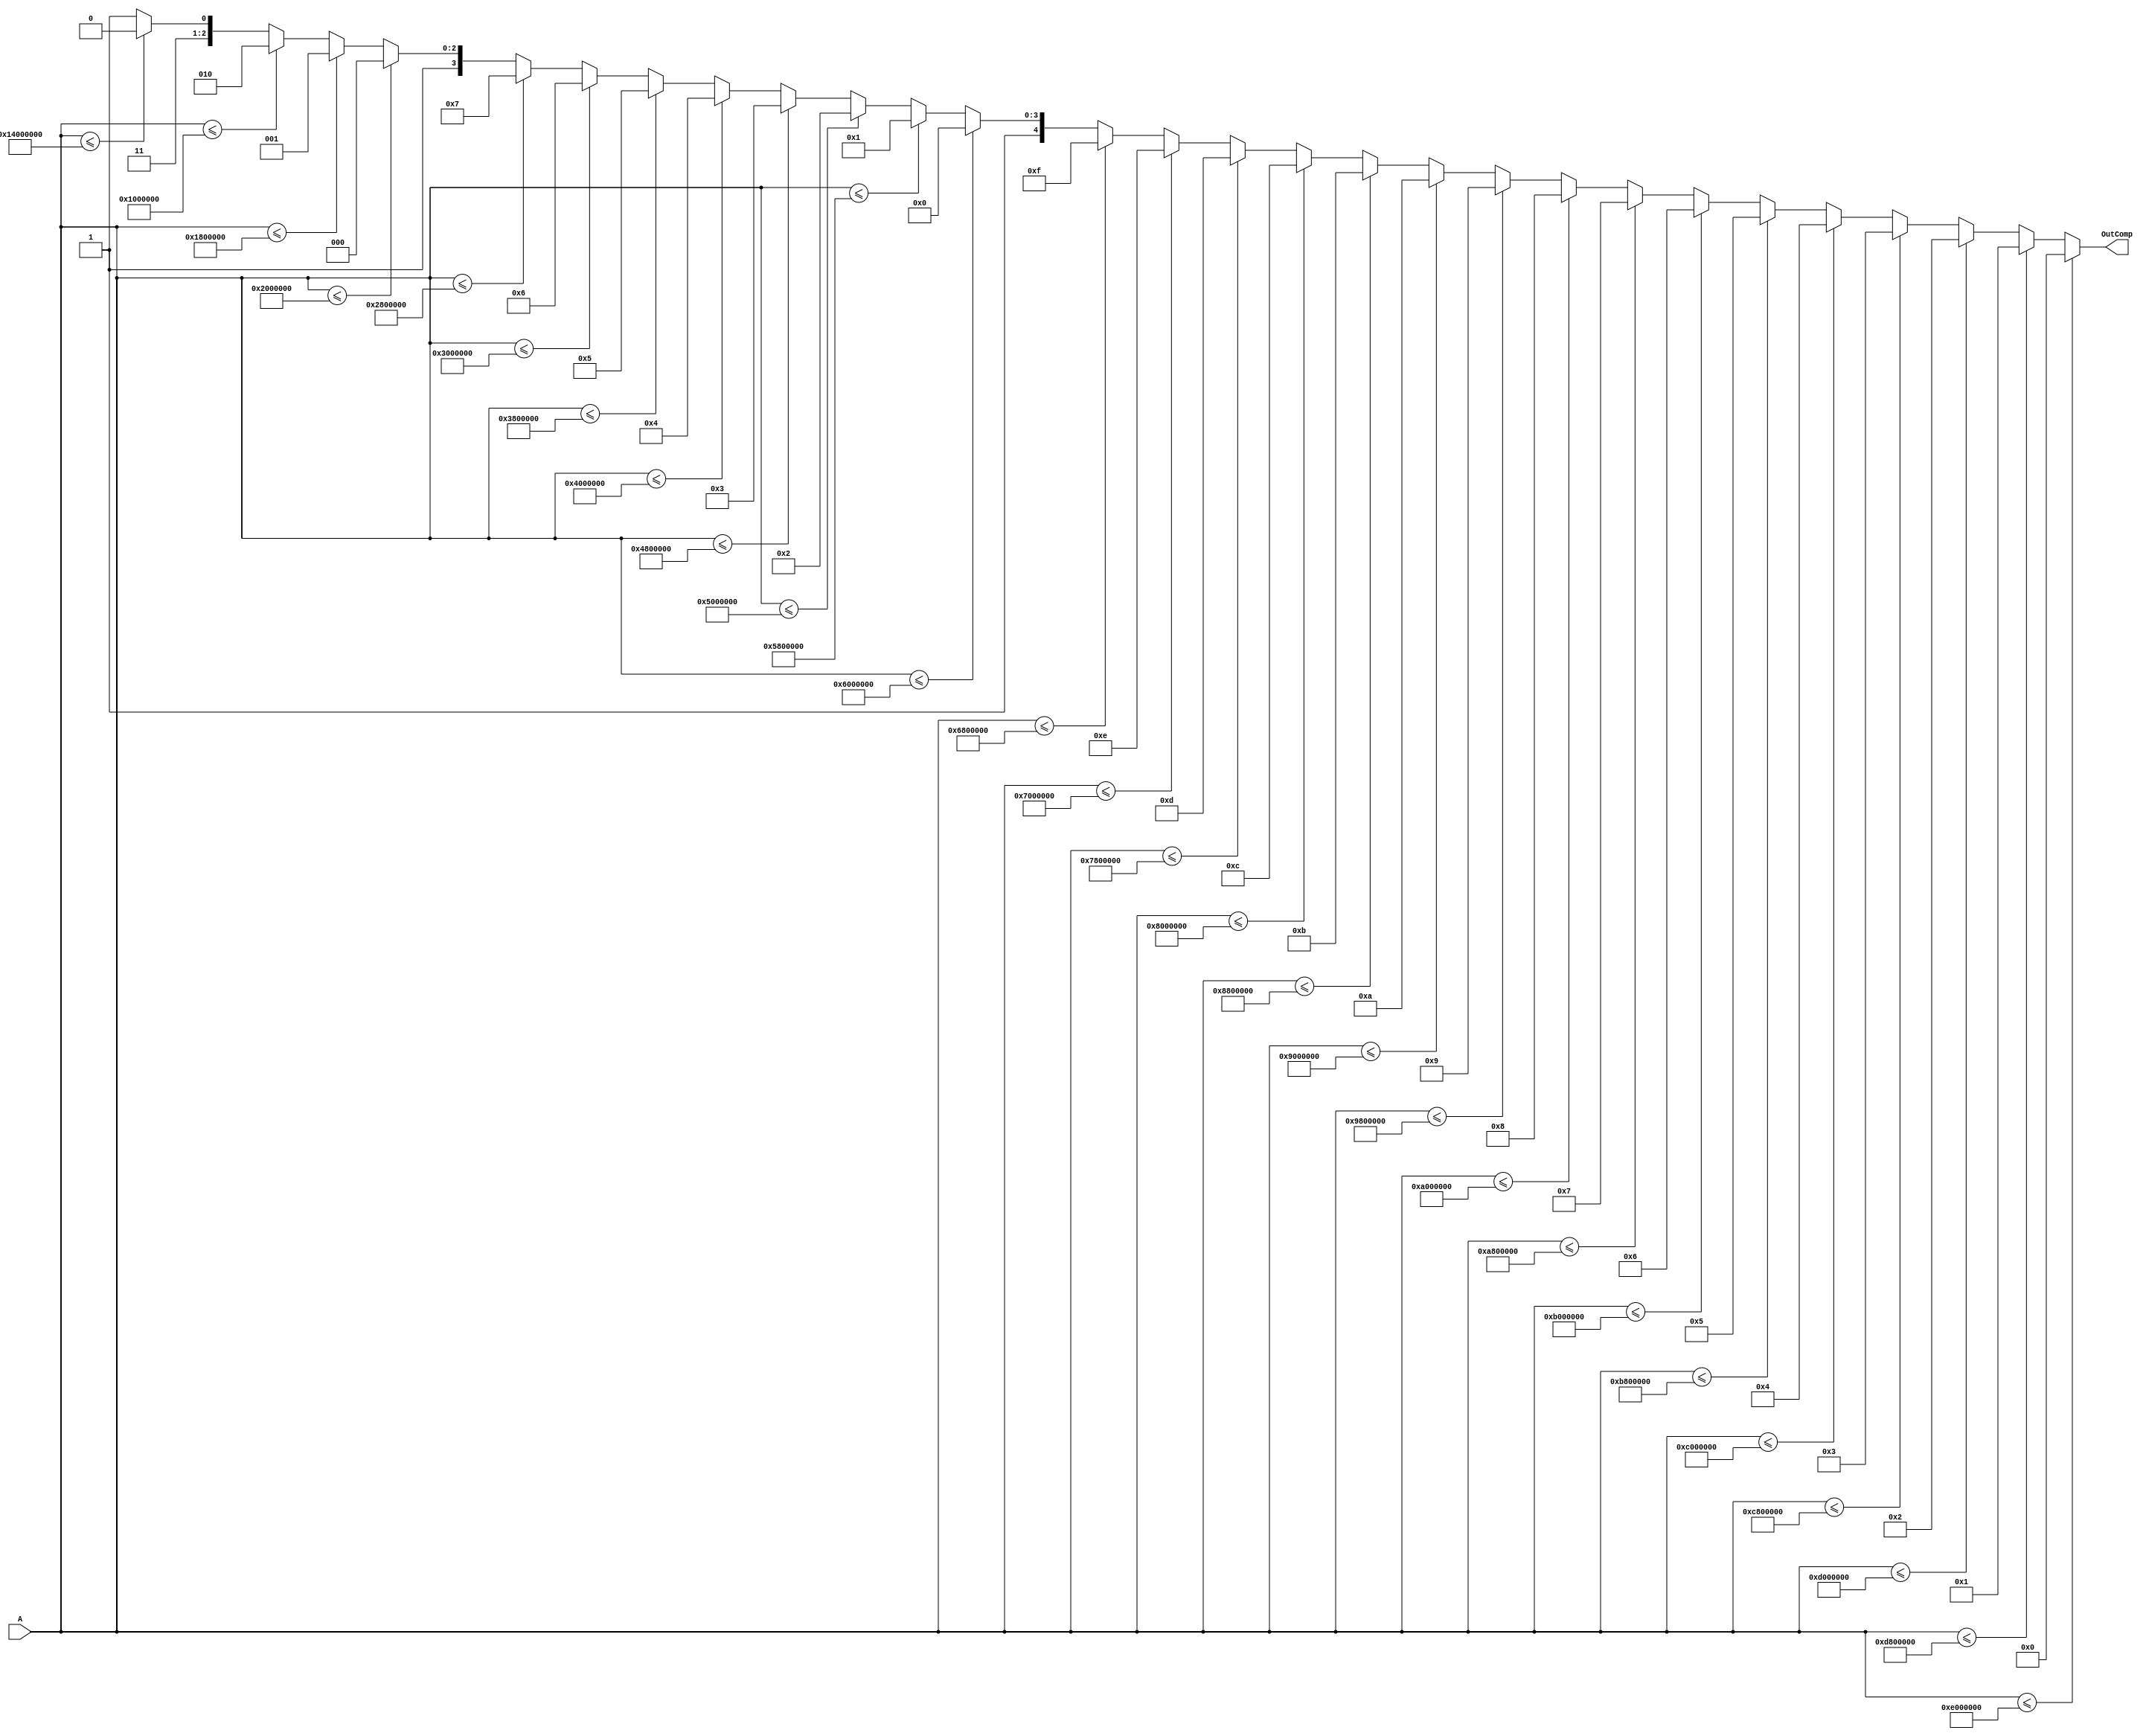
`timescale 1ns / 1ps
//////////////////////////////////////////////////////////////////////////////////
// Company: 
// Engineer: 
// 
// Design Name: 
// Module Name:    Comparador 
// Project Name: 
// Target Devices: 
// Tool versions: 
// Description: 
//
// Dependencies: 
//
// Revision: 
// Revision 0.01 - File Created
// Additional Comments: 
//
//////////////////////////////////////////////////////////////////////////////////
module Comparador #(parameter Width = 24, A00= -32'sb11110010000000000000000000000000, A01= -32'sb11110010100000000000000000000000, 
A02 = -32'sb11110011000000000000000000000000, A03 = -32'sb11110011100000000000000000000000, A04 = -32'sb11110100000000000000000000000000, A05 = -32'sb11110100100000000000000000000000, A06 = -32'sb11110101000000000000000000000000, A07 = -32'sb11110101100000000000000000000000, A08 = -32'sb11110110000000000000000000000000, A09 = -32'sb11110110100000000000000000000000,
A10= -32'sb11110111000000000000000000000000, A11= -32'sb11110111100000000000000000000000, A12 = -32'sb11111000000000000000000000000000, A13 = -32'sb11111000100000000000000000000000, A14 = -32'sb11111001000000000000000000000000, A15 = -32'sb11111001100000000000000000000000, A16 = -32'sb11111010000000000000000000000000, A17 = -32'sb11111010100000000000000000000000, A18 = -32'sb11111011000000000000000000000000, A19 = -32'sb11111011100000000000000000000000,
A20= -32'sb11111100000000000000000000000000, A21= -32'sb11111100100000000000000000000000, 
A22 = -32'sb11111101000000000000000000000000, A23 = -32'sb11111101100000000000000000000000, A24 = -32'sb11111110000000000000000000000000, A25 = -32'sb11111110100000000000000000000000, A26 = -32'sb11111111000000000000000000000000, A27 = 32'sb00000001000000000000000000000000, A28 = 32'sb00000011000000000000000000000000, A29 = 32'sb00001000000000000000000000000000, 
A30 = 32'sb00010100000000000000000000000000)
	(A,OutComp);
	
	
	 input signed [Width-1:0] A;
	 
	 output reg [4:0] OutComp=0;
	 
	 always @* begin
      if (A <= A00)
         OutComp <= 5'd00;
      else if (A <= A01)
         OutComp <= 5'd01;
		else if (A <= A02)
         OutComp <= 5'd02;
		else if (A <= A03)
         OutComp <= 5'd03;
		else if (A <= A04)
         OutComp <= 5'd04;
		else if (A <= A05)
         OutComp <= 5'd05;
		else if (A <= A06)
         OutComp <= 5'd06;
		else if (A <= A07)
         OutComp <= 5'd07;
		else if (A <= A08)
         OutComp <= 5'd08;
		else if (A <= A09)
         OutComp <= 5'd09;
		else if (A <= A10)
         OutComp <= 5'd10;
      else if (A <= A11)
         OutComp <= 5'd11;
		else if (A <= A12)
         OutComp <= 5'd12;
		else if (A <= A13)
         OutComp <= 5'd13;
		else if (A <= A14)
         OutComp <= 5'd14;
		else if (A <= A15)
         OutComp <= 5'd15;
		else if (A <= A16)
         OutComp <= 5'd16;
		else if (A <= A17)
         OutComp <= 5'd17;
		else if (A <= A18)
         OutComp <= 5'd18;
		else if (A <= A19)
         OutComp <= 5'd19;
		else if (A <= A20)
         OutComp <= 5'd20;
      else if (A <= A21)
         OutComp <= 5'd21;
		else if (A <= A22)
         OutComp <= 5'd22;
		else if (A <= A23)
         OutComp <= 5'd23;
		else if (A <= A24)
         OutComp <= 5'd24;
		else if (A <= A25)
         OutComp <= 5'd25;
		else if (A <= A26)
         OutComp <= 5'd26;
		else if (A <= A27)
         OutComp <= 5'd27;
		else if (A <= A28)
         OutComp <= 5'd28;
		else if (A <= A29)
         OutComp <= 5'd29;
		else if (A <= A30)
         OutComp <= 5'd30;
      else 
         OutComp <= 5'd31;
		end


endmodule